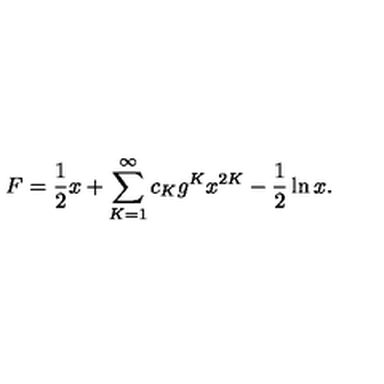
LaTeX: F = \frac { 1 } { 2 } x + \sum _ { K = 1 } ^ { \infty } c _ { K } g ^ { K } x ^ { 2 K } - \frac { 1 } { 2 } \ln x .